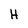
Character: H